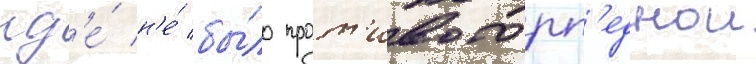
гд'е́ н'е́ бы́ло прот'ивоторп'еднои